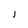
Character: J